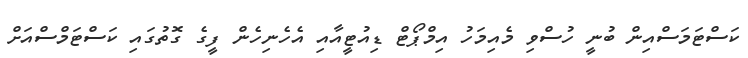
ކަސްޓަމަސްއިން ބުނީ ހުސްވި މެއިމަހު އިމްޕޯޓް ޑިއުޓީއާއި އެހެނިހެން ފީގެ ގޮތުގައި ކަސްޓަމްސްއަށް